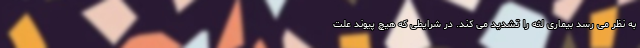
به نظر می رسد بیماری لثه را تشدید می کند. در شرایطی که هیچ پیوند علت